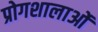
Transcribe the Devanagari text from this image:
प्रोगशालाओं